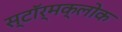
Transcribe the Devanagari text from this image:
स्टॉर्मक्लोक